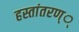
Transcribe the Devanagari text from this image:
हस्तांतरण््